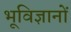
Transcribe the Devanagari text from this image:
भूविज्ञानों